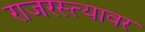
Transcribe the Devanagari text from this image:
राजरस्त्यावर